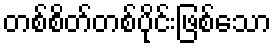
တစ်စိတ်တစ်ပိုင်းဖြစ်သော